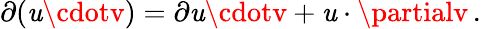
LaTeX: \partial(\mathit{u}\cdotv)=\partial\mathit{u}\cdotv+\mathit{u}\cdot\partialv\, .